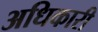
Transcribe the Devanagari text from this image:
अधिकारी